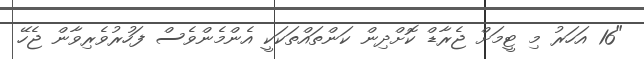
"16 އަހަރު މި ޓީމަށް ޖެރާޑް ކޮށްދިން ކަންތައްތަކަކީ އެންމެންވެސް ފަހުރުވެރިވާން ޖެހޭ